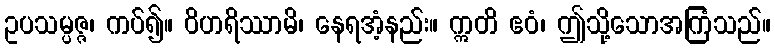
ဥပသမ္ပဇ္ဇ၊ ကပ်၍။ ဝိဟရိဿာမိ၊ နေရအံ့နည်း။ ဣတိ ဧဝံ၊ ဤသို့သောအကြံသည်။